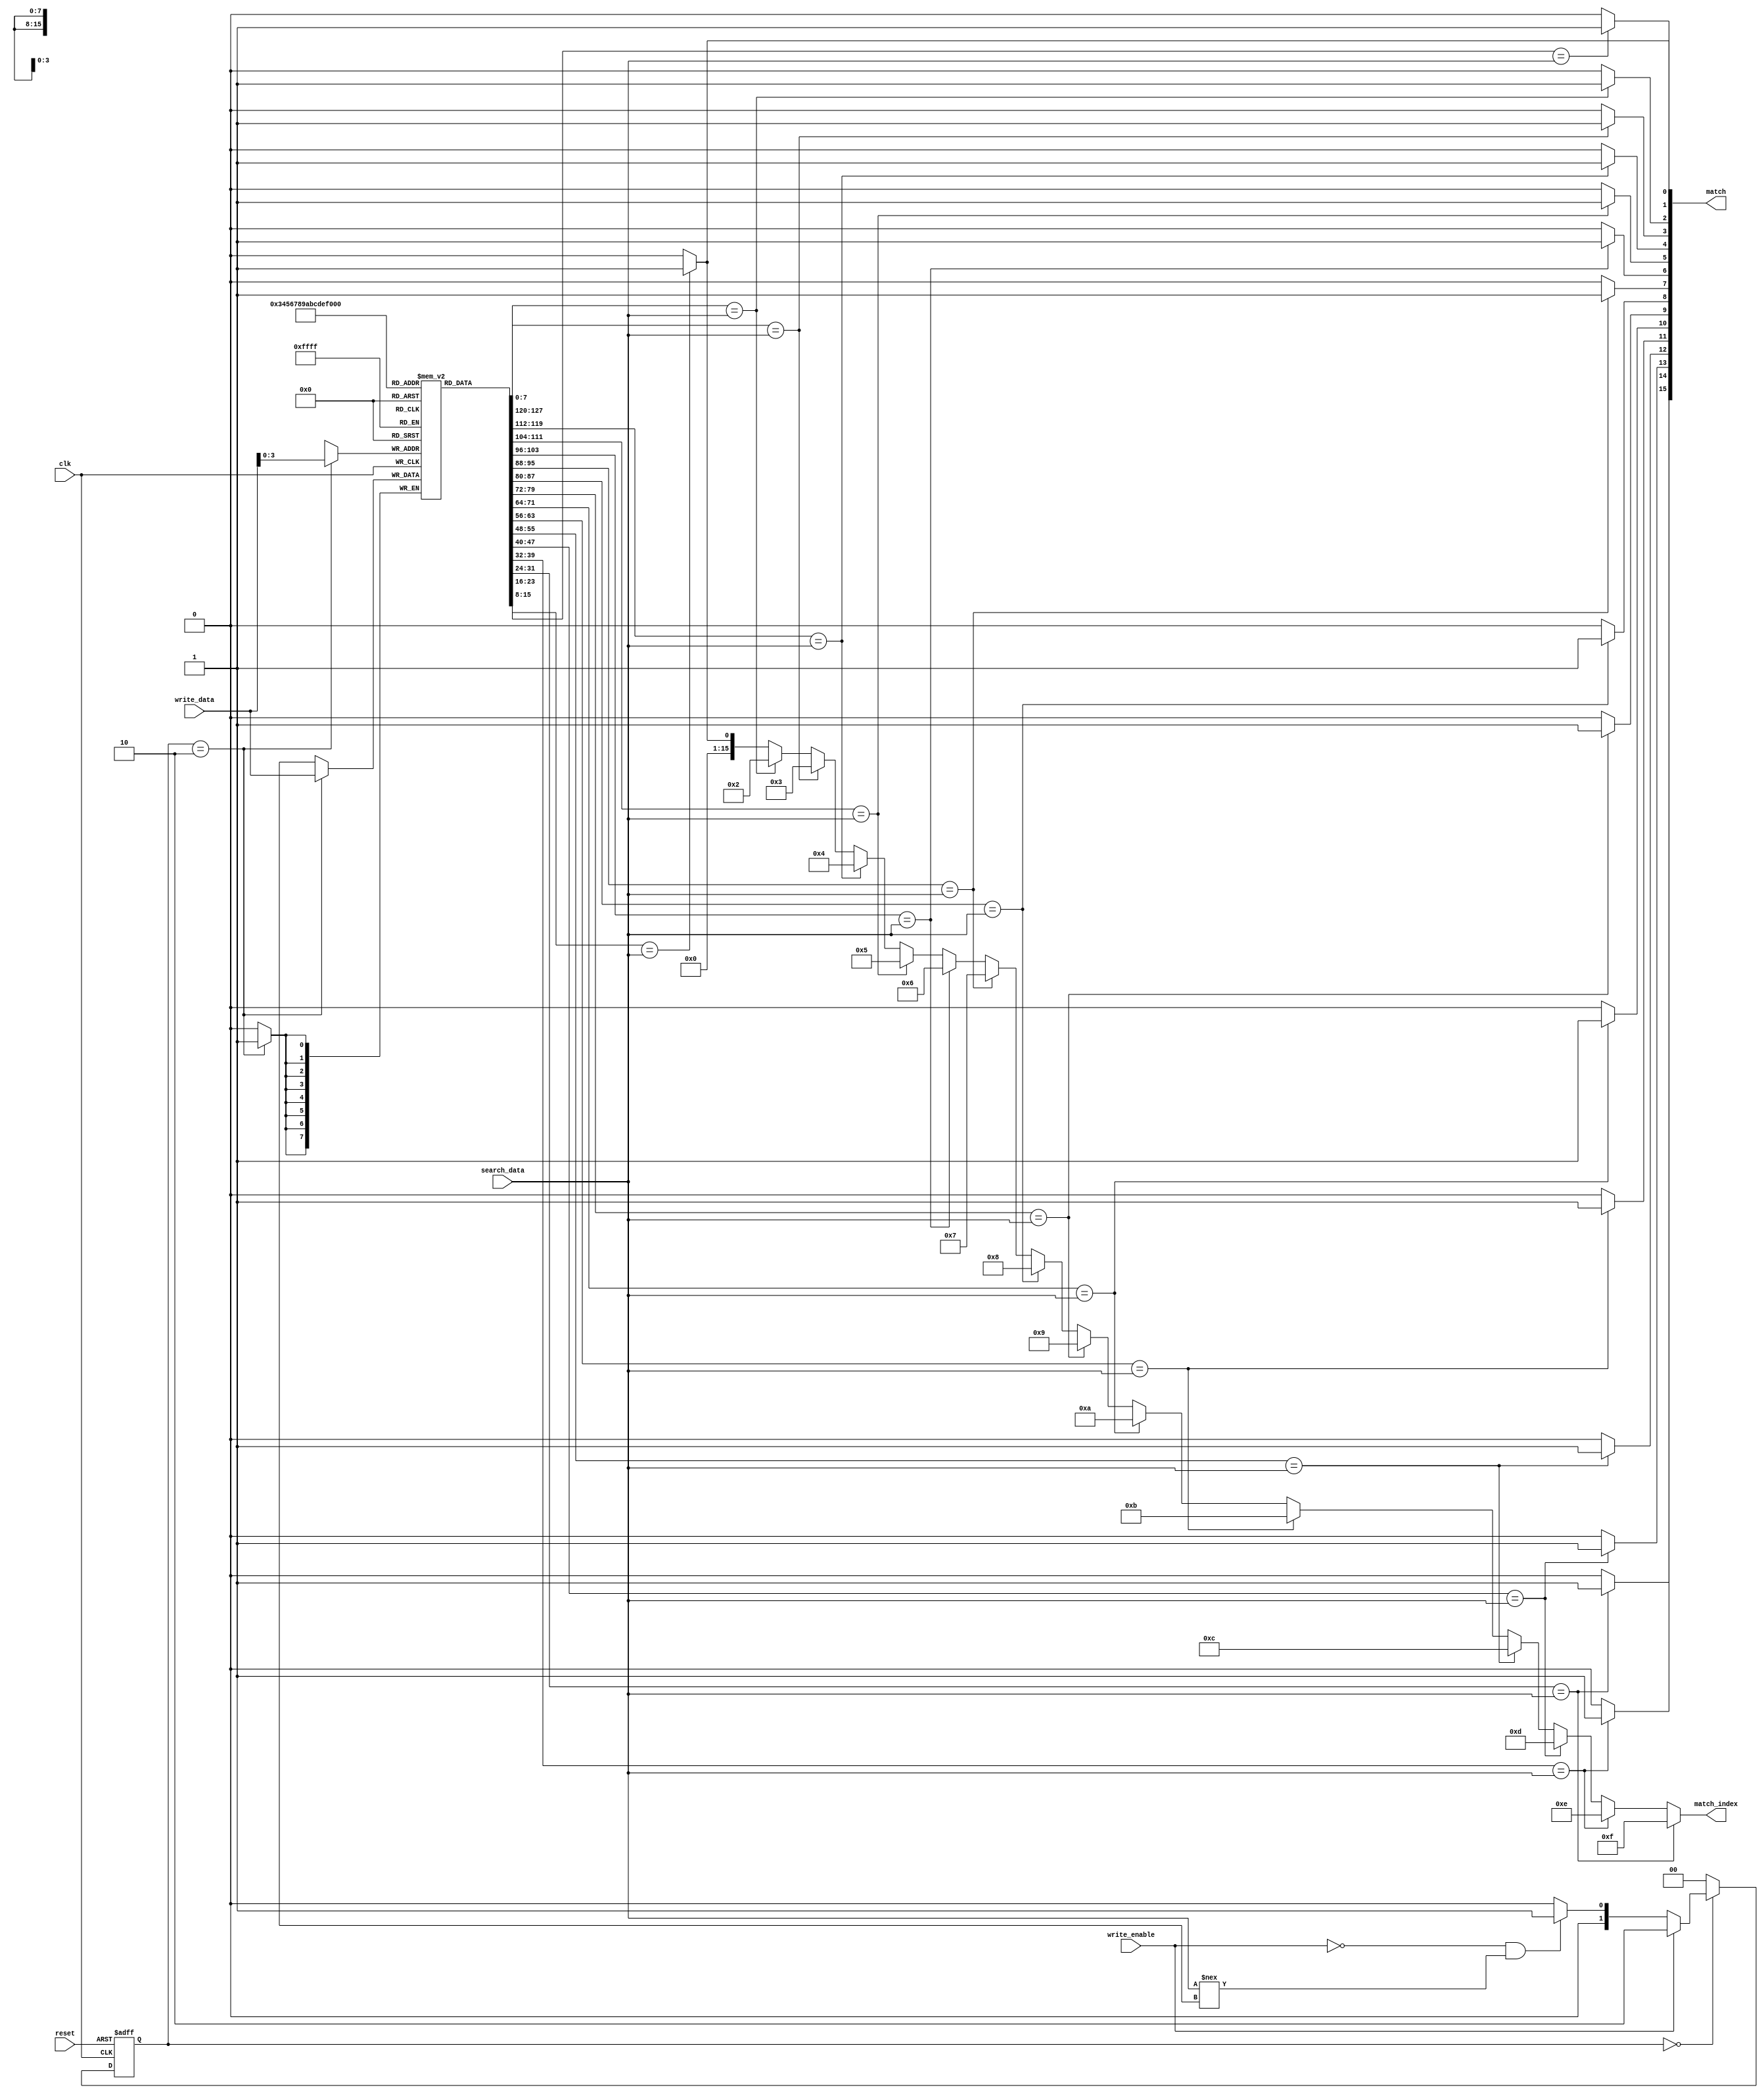
module Energy_Efficient_CAM #(parameter DATA_WIDTH = 8, parameter NUM_ENTRIES = 16) (
    input wire clk,
    input wire reset,
    input wire [DATA_WIDTH-1:0] search_data,
    input wire write_enable,
    input wire [DATA_WIDTH-1:0] write_data,
    output reg [NUM_ENTRIES-1:0] match,
    output reg [NUM_ENTRIES-1:0] match_index
);

// Memory storage
reg [DATA_WIDTH-1:0] cam_memory [0:NUM_ENTRIES-1];

// Input Buffer
reg [DATA_WIDTH-1:0] input_buffer;
wire tri_state_buffer_enable = !write_enable;

// Output Buffer
reg [DATA_WIDTH-1:0] output_buffer;
reg output_valid;

// Control Logic
reg [1:0] state, next_state;
localparam IDLE = 2'b00, SEARCH = 2'b01, WRITE = 2'b10;

// Match Logic
integer i;
always @(*) begin
    match = 0;
    match_index = 0;
    for (i = 0; i < NUM_ENTRIES; i = i + 1) begin
        if (cam_memory[i] == search_data) begin
            match[i] = 1'b1;
            match_index = i; // Return the first matching index
        end
    end
end

// State Machine
always @(posedge clk or posedge reset) begin
    if (reset) begin
        state <= IDLE;
    end else begin
        state <= next_state;
    end
end

always @(*) begin
    case (state)
        IDLE: begin
            if (write_enable) begin
                next_state = WRITE;
            end else if (!write_enable && (search_data !== 8'bx)) begin
                next_state = SEARCH;
            end else begin
                next_state = IDLE;
            end
        end
        WRITE: begin
            next_state = IDLE;
        end
        SEARCH: begin
            next_state = IDLE;
        end
        default: next_state = IDLE;
    endcase
end

// Write Data into CAM
always @(posedge clk) begin
    if (state == WRITE) begin
        cam_memory[write_data[3:0]] <= write_data; // Using lower 4 bits for addressing
    end
end

// Output Buffer Logic
always @(posedge clk) begin
    if (state == SEARCH) begin
        output_buffer <= search_data;
        output_valid <= 1'b1;
    end else begin
        output_valid <= 1'b0; // Clear output valid when not searching
    end
end

endmodule